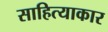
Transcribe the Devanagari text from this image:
साहित्याकार